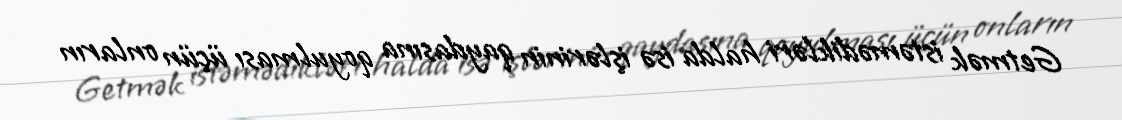
Getmək istəmədikləri halda isə işlərinin qaydasına qoyulması üçün onların